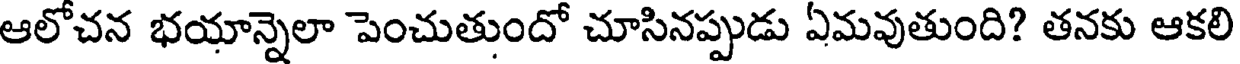
ఆలోచన భయాన్నెలా పెంచుతుందో చూసినప్పుడు ఏమవుతుంది? తనకు ఆకలి